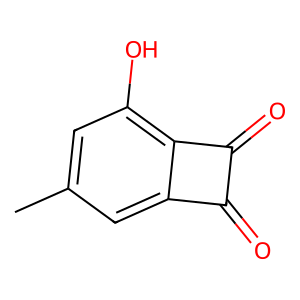
SMILES: Cc1cc(O)c2c(=O)c(=O)c2c1
Inhibits HIV replication: No